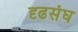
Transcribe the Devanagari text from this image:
दृढसंघ